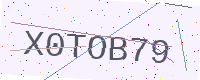
Text: X0TOB79